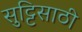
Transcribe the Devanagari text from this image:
सुट्टिसाठी